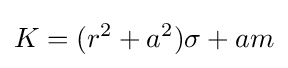
K=(r^{2}+a^{2})\sigma +am